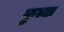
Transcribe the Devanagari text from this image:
कुत्था